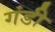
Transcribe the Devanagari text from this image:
गंडी